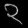
Digit: ၃